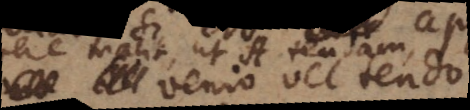
venio vel tendo,